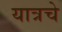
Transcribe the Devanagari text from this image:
यात्रचे